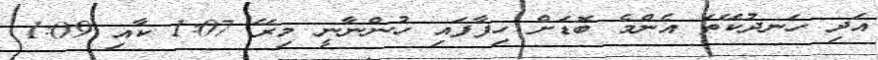
އަދި ހަނދުކޭތަ އެންމެ ބޮޑަށް ހިފާފައި ހުންނާނީ މިރޭ 1:07 ކާއި 1:09